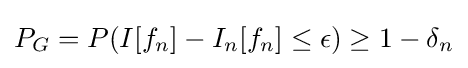
P_{G}=P(I[f_{n}]-I_{n}[f_{n}]\leq \epsilon )\geq 1-\delta _{n}